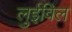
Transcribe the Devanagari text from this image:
लुईविल